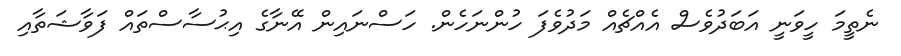
ނެތީމަ ހީވަނީ އަބަދުވެސް އެއްޗެއް މަދުވެފަ ހުންނަހެން. ހަސްނައިން އޭނާގެ އިޙުސާސްތައް ފަވާޝަތާއި